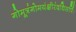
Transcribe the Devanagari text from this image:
गोमूत्रंगोमयंक्षीरंदधिसर्पिः